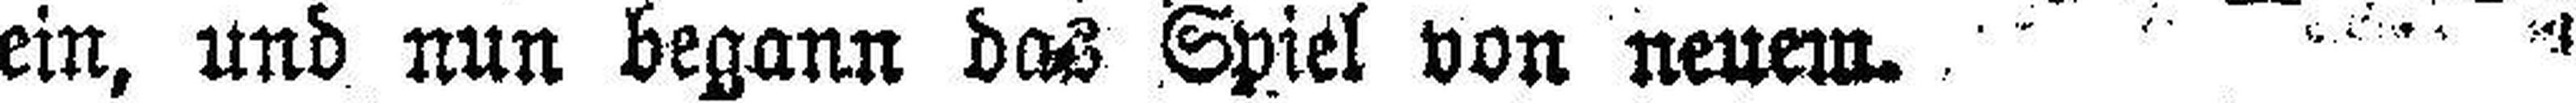
ein, und nun begann das Spiel von neuem.